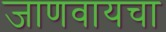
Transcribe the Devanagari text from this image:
जाणवायचा